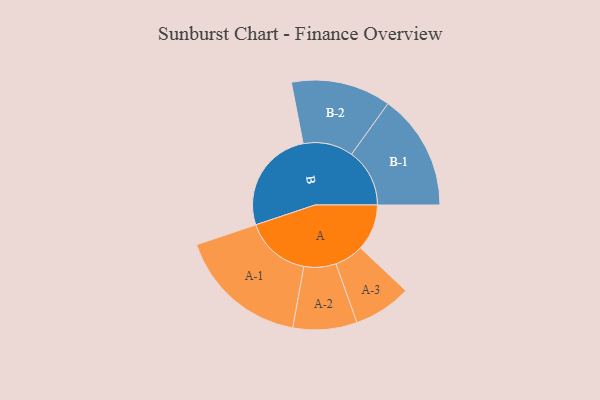
{"axis": {"x": "Segment", "y": "Value"}, "legend": ["", "A", "B"], "data": [{"x": "A", "y": 194, "type": ""}, {"x": "B", "y": 437, "type": ""}, {"x": "A-1", "y": 274, "type": "A"}, {"x": "A-2", "y": 134, "type": "A"}, {"x": "A-3", "y": 121, "type": "A"}, {"x": "B-1", "y": 243, "type": "B"}, {"x": "B-2", "y": 209, "type": "B"}]}